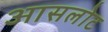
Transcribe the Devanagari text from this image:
आसलोट